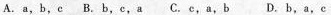
A.a,b,e B.B,e,a C、c,a,b D.B,a,c